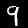
Label: 9